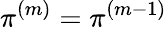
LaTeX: \pi^{(m)}=\pi^{(m-1)}